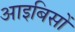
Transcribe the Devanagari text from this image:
आइबिसों